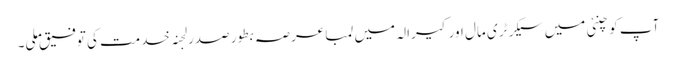
آپ کو چنئی میں سیکرٹری مال اور کیرالہ میں لمبا عرصہ بطور صدر لجنہ خدمت کی توفیق ملی۔